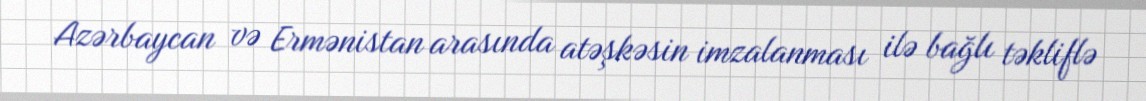
Azərbaycan və Ermənistan arasında atəşkəsin imzalanması ilə bağlı təkliflə